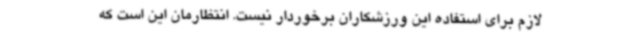
لازم برای استفاده این ورزشکاران برخوردار نیست. انتظارمان این است که